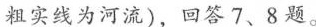
粗实线为河流)，回答7、8题。